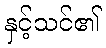
နှင့်သင်၏